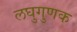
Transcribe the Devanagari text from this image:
लघुगुणक